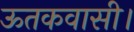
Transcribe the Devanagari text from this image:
ऊतकवासी।